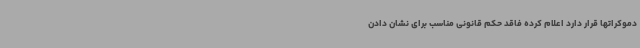
دموکراتها قرار دارد اعلام کرده فاقد حکم قانونی مناسب برای نشان دادن